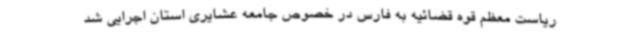
ریاست معظم قوه قضائیه به فارس در خصوص جامعه عشایری استان اجرایی شد